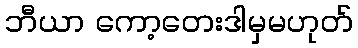
ဘီယာ ကော့တေးဒါမှမဟုတ်